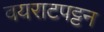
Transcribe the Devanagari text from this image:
वयराटपट्टन